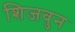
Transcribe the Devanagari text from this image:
शिजवुन